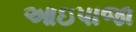
આઇપાજા